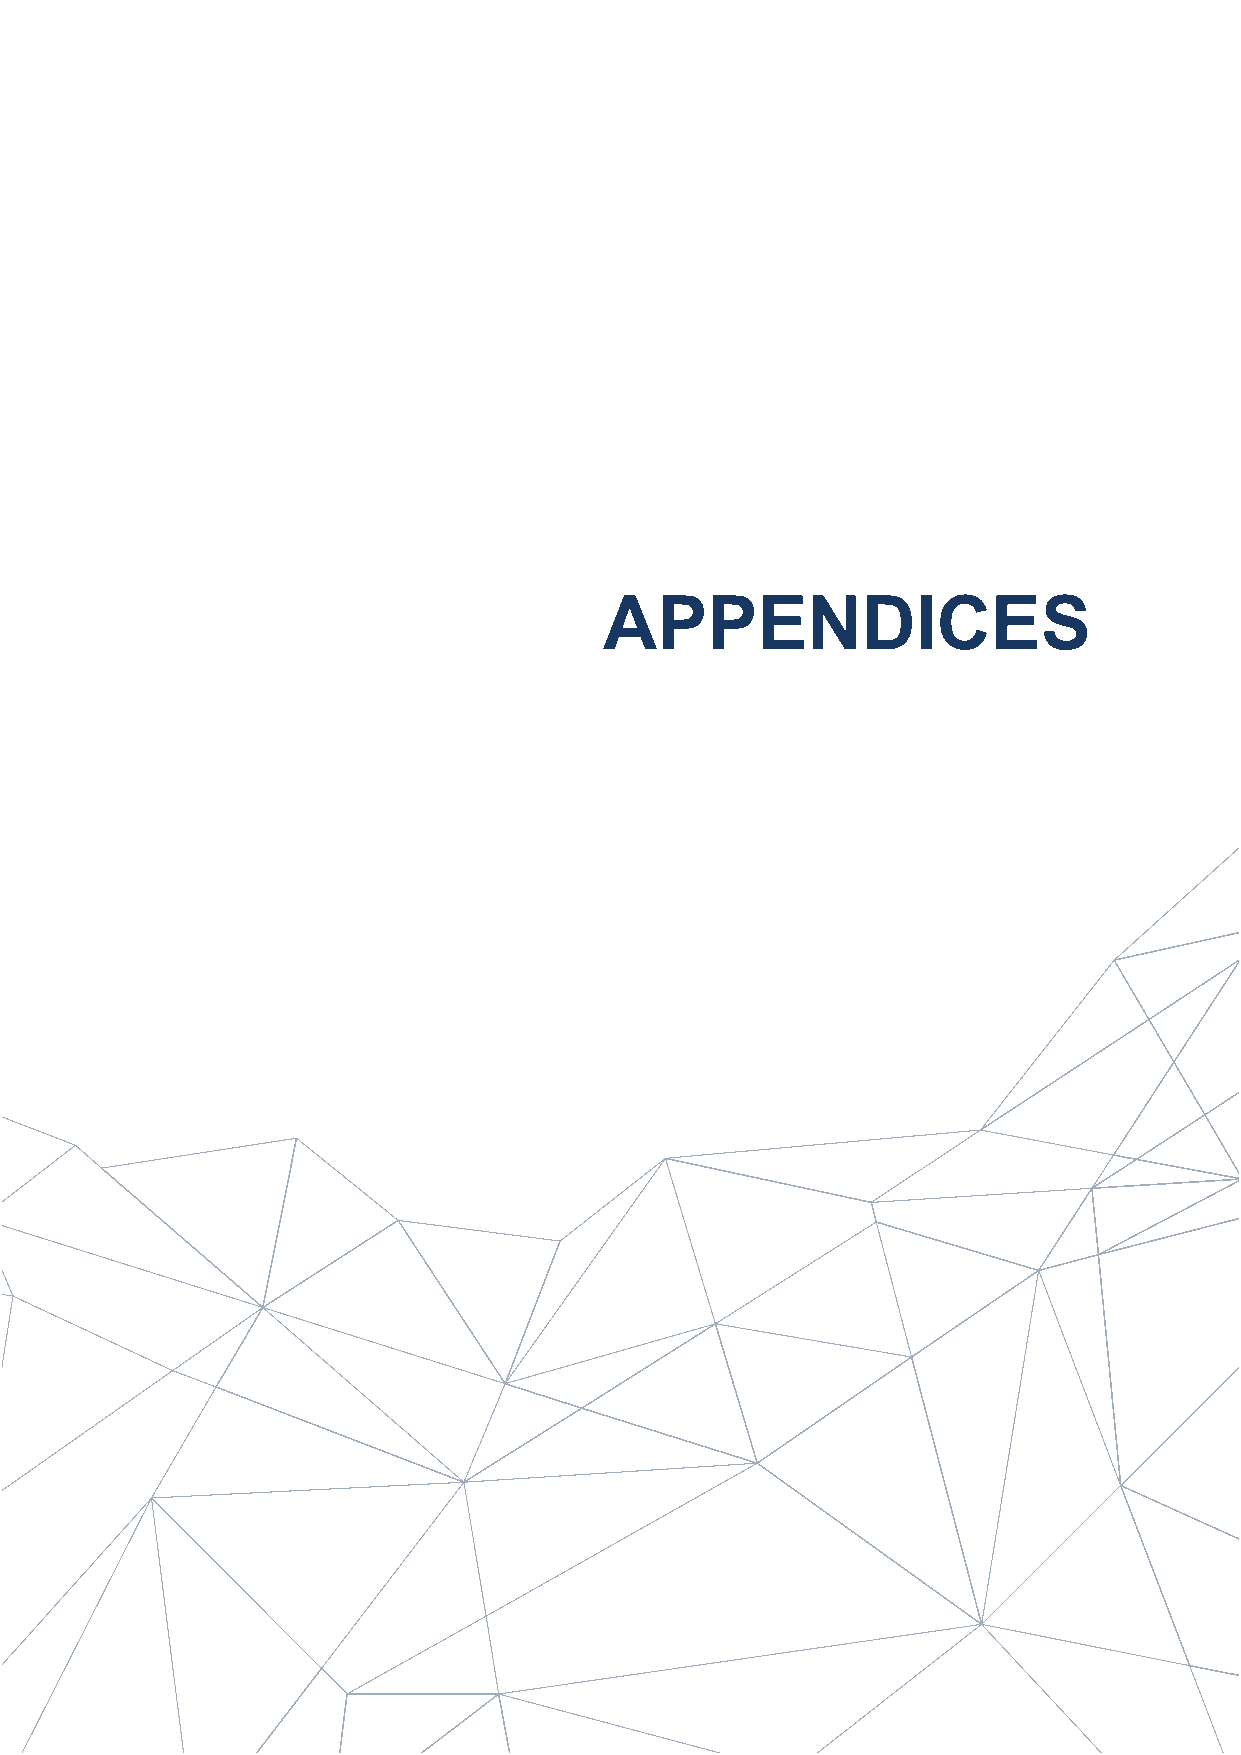
Fire safety systems
 APPENDICES
 abcb.gov.au/BCR                                             Page 7